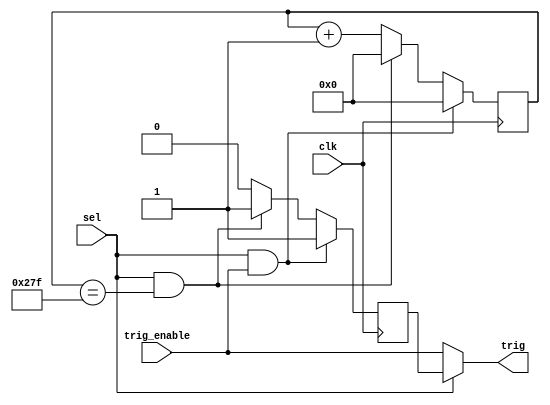
module trigger_mode(input clk, sel, trig_enable, output trig);
	/* sel = 0 is normal mode and sel = 1 is auto mode */
	
	reg[9:0] counter;
	reg auto_trig;
	always@(posedge clk) begin
		counter <= counter + 1;
		auto_trig <= 0;
		
		if (sel == 1 && counter == 639) begin
			counter <= 0;
			auto_trig <= 1;
		end
	
		if (sel == 1 && trig_enable == 1) begin
			counter <= 0;
			auto_trig <= 1;
		end	
	end

	assign trig = (sel == 0) ? trig_enable : auto_trig;
	
endmodule